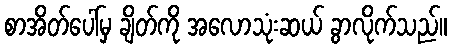
စာအိတ်ပေါ်မှ ချိတ်ကို အလောသုံးဆယ် ခွာလိုက်သည်။